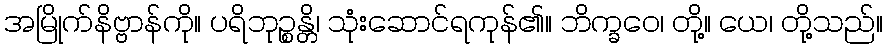
အမြိုက်နိဗ္ဗာန်ကို။ ပရိဘုဉ္စန္တိ၊ သုံးဆောင်ရကုန်၏။ ဘိက္ခဝေ၊ တို့။ ယေ၊ တို့သည်။